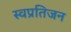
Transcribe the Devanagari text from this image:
स्वप्रतिजन